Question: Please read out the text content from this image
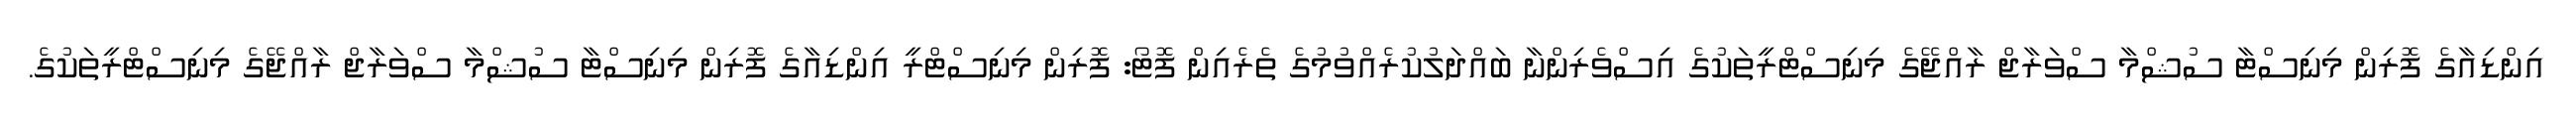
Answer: އިންޑިއާގެ ފޮރިން މިނިސްޓާ ސުޝްމާ ސްވަރާޖް ރާއްޖޭގެ މިނިސްޓްރީތަކުގެ އިސްވެރިންނާ ބައްދަލުކުރެއްވުމުގެ ތެރެއިން ފޮޓޯ: ފޮރިން މިނިސްޓްރީ އިންޑިއާގެ ފޮރިން މިނިސްޓާ ސުޝްމާ ސްވަރާޖް ރާއްޖޭގެ މިނިސްޓްރީތަކުގެ.